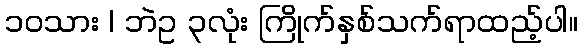
၁၀သား | ဘဲဥ ၃လုံး ကြိုက်နှစ်သက်ရာထည့်ပါ။